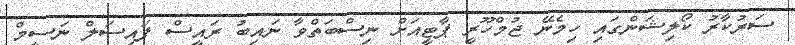
ސަރުކާރު ކޯލިޝަންގައި ހިމެނޭ ޖުމްހޫރީ ޕާޓީއަށް ނިސްބަތްވާ ނައިބު ރައީސް ފައިސަލް ނަސީމް